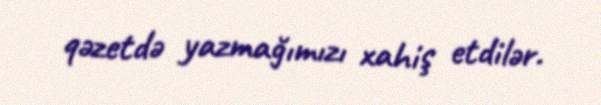
qəzetdə yazmağımızı xahiş etdilər.